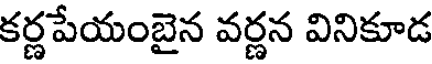
కర్ణపేయంబైన వర్ణన వినికూడ